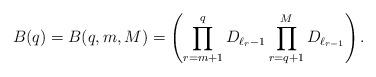
LaTeX: \begin{align*}B(q)=B(q,m,M)=\left(\prod_{r=m+1}^{q}{D_{\ell_{r}-1}} \prod_{r=q+1}^{M}{D_{\ell_{r-1}}}\right).\end{align*}